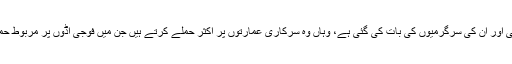
وہ علاقے جہاں طالبان کی کھلے عام موجودگی اور ان کی سرگرمیوں کی بات کی گئی ہے، وہاں وہ سرکاری عمارتوں پر اکثر حملے کرتے ہیں جن میں فوجی اڈوں پر مربوط حملوں سے لے کر انفرادی حملے سب شامل ہیں۔